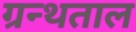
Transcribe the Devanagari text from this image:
ग्रन्थताल